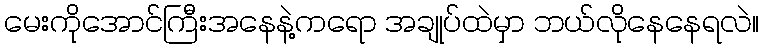
မေးကိုအောင်ကြီးအနေနဲ့ကရော အချုပ်ထဲမှာ ဘယ်လိုနေနေရလဲ။